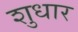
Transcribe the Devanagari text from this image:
शुधार